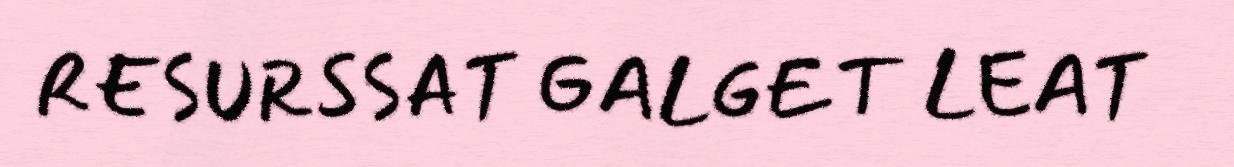
RESURSSAT GALGET LEAT